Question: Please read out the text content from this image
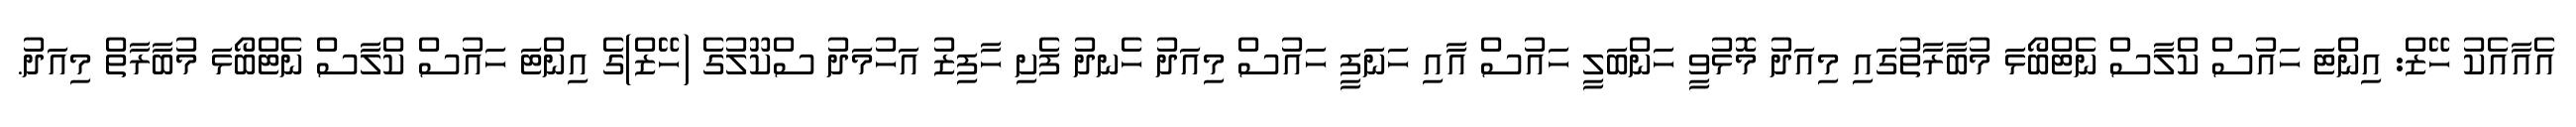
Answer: އެއާއެކު ހޭޒް: އިންޓަ ހައުސް ކްލާސް ނެޓްބޯޅަ މުބާރާތުގައި މިއަދު މޮޅުވީ ހަންބަލީ ހައުސް އާއި ހަނަފީ ހައުސް މިއަދު ހެނދު ފެށި ހާފިޒު އަހުމަދު ސްކޫލުގެ (ހޭޒް)ގެ އިންޓަ ހައުސް ކްލާސް ނެޓްބޯޅަ މުބާރާތް މިއަދު.